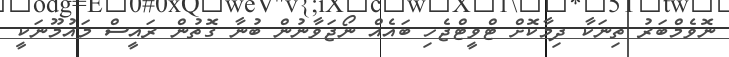
ނޮވެމްބަރު ތިނަކާ ދިމާކޮށް ޓްވީޓްޖެހި ބައެއް ނޯޖަވާނުން ބުނާ ގޮތުން ރައީސް މައުމޫނަކީ